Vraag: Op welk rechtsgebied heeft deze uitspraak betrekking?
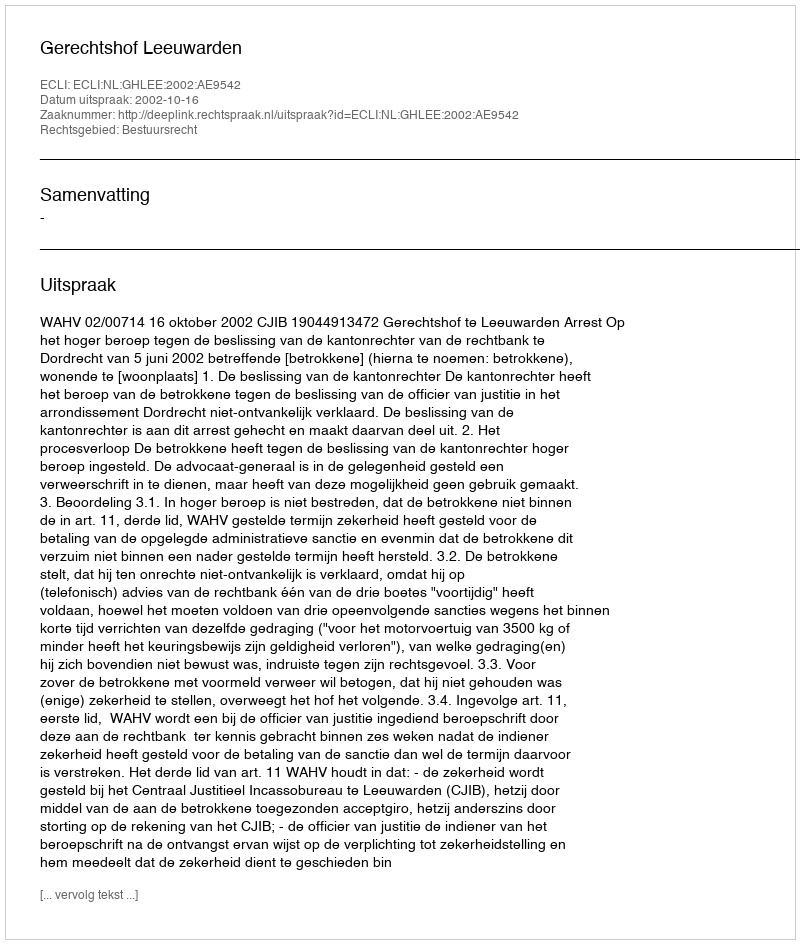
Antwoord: Bestuursrecht